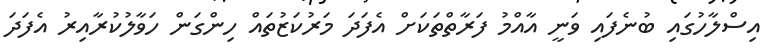
އިސްލާހުގައި ބުނެފައި ވަނީ އާއްމު ފަރާތްތަކަށް އެފަދަ މަރުކަޒުތައް ހިންގަން ހަވާލުކުރާއިރު އެފަދަ